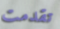
تقدمت